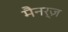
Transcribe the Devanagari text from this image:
मैनर्ज़